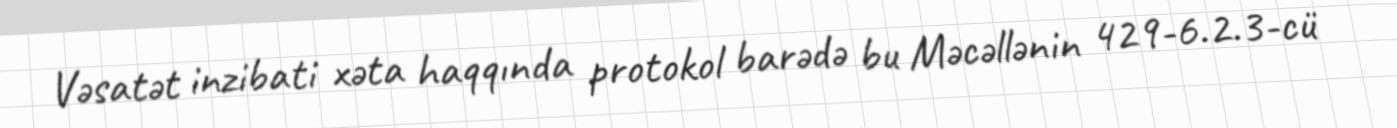
Vəsatət inzibati xəta haqqında protokol barədə bu Məcəllənin 429-6.2.3-cü